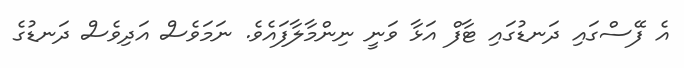
އެ ފޭސްގައި ދަނޑުގައި ޓާފް އަޅާ ވަނީ ނިންމާލާފައެވެ. ނަމަވެސް އަދިވެސް ދަނޑުގެ